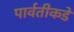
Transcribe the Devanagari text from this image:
पार्वतीकडे